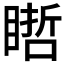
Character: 𥉭